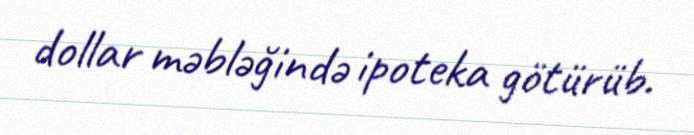
dollar məbləğində ipoteka götürüb.